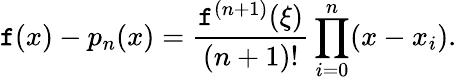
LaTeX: \mathtt{f}(x)-p_{n}(x)={\frac{{\mathtt{f}^{(n+1)}(\xi)}}{{(n+1)!}}}\prod_{i=0}^{n}(x-x_{i}).